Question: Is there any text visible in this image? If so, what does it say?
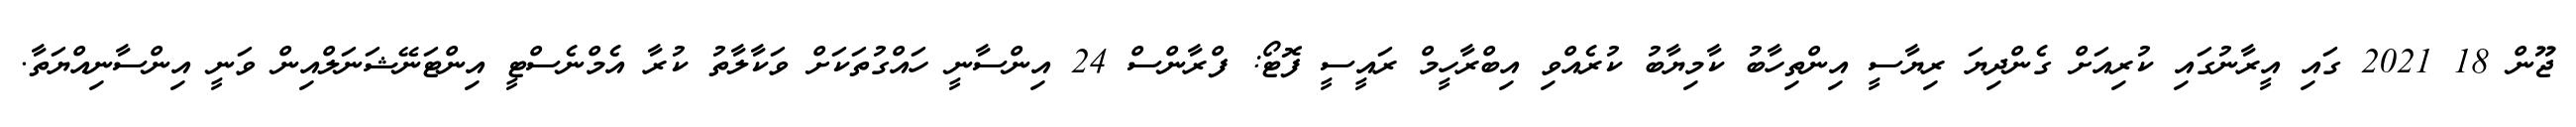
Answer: ޖޫން 18 2021 ގައި އީރާނުގައި ކުރިއަށް ގެންދިޔަ ރިޔާސީ އިންތިހާބު ކާމިޔާބު ކުރެއްވި އިބްރާހީމް ރައީސީ ފޮޓޯ: ފްރާންސް 24 އިންސާނީ ހައްގުތަކަށް ވަކާލާތު ކުރާ އެމްނެސްޓީ އިންޓަނޭޝަނަލްއިން ވަނީ އިންސާނިއްޔަތާ.